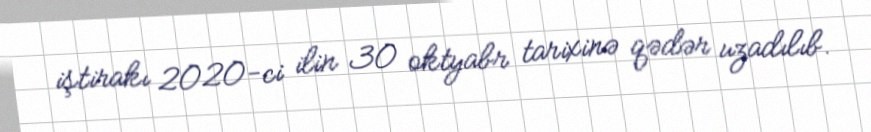
iştirakı 2020-ci ilin 30 oktyabr tarixinə qədər uzadılıb.